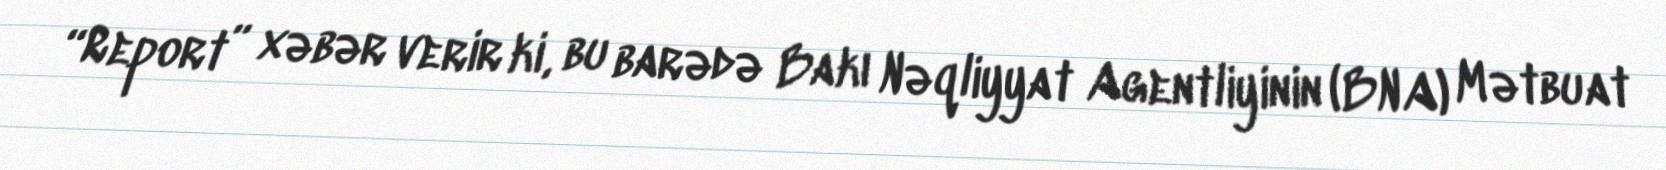
“Report” xəbər verir ki, bu barədə Bakı Nəqliyyat Agentliyinin (BNA) Mətbuat